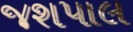
જશપાલ